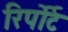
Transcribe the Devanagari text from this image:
रिर्पोर्ट